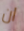
ان